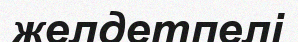
желдетпелі